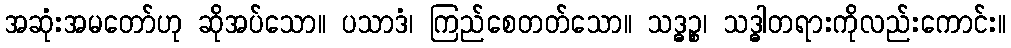
အဆုံးအမတော်ဟု ဆိုအပ်သော။ ပသာဒံ၊ ကြည်စေတတ်သော။ သဒ္ဓဉ္စ၊ သဒ္ဓါတရားကိုလည်းကောင်း။